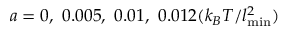
a = 0 , ~ 0 . 0 0 5 , ~ 0 . 0 1 , ~ 0 . 0 1 2 ( k _ { B } T / l _ { \mathrm { m i n } } ^ { 2 } )